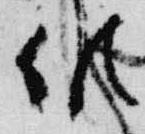
候